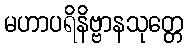
မဟာပရိနိဗ္ဗာနသုတ္တေ